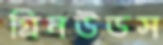
গ্রিনউডস